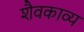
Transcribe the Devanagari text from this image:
शैवकाव्य